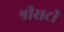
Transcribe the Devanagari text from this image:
श्रीसटी